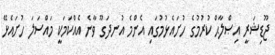
ޖޫޑިޝަރީ އިޞްލާޙް ކުރުމުގެ ހުށައެޅުމުގައި އެންމެ އުނދަގޫ ވާނެ އެއްކަމަކީ މައްސަލަ ހުށައެޅޭ